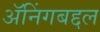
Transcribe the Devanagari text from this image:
ॲनिंगबद्दल